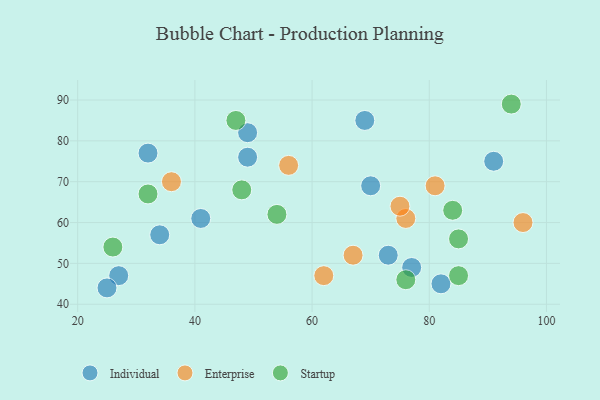
{"axis": {"x": "GDP", "y": "Life Expectancy"}, "legend": ["Enterprise", "Individual", "Startup"], "data": [{"x": "91", "y": 75, "type": "Individual"}, {"x": "49", "y": 76, "type": "Individual"}, {"x": "70", "y": 69, "type": "Individual"}, {"x": "27", "y": 47, "type": "Individual"}, {"x": "73", "y": 52, "type": "Individual"}, {"x": "82", "y": 45, "type": "Individual"}, {"x": "25", "y": 44, "type": "Individual"}, {"x": "77", "y": 49, "type": "Individual"}, {"x": "49", "y": 82, "type": "Individual"}, {"x": "69", "y": 85, "type": "Individual"}, {"x": "32", "y": 77, "type": "Individual"}, {"x": "34", "y": 57, "type": "Individual"}, {"x": "41", "y": 61, "type": "Individual"}, {"x": "76", "y": 61, "type": "Enterprise"}, {"x": "56", "y": 74, "type": "Enterprise"}, {"x": "36", "y": 70, "type": "Enterprise"}, {"x": "96", "y": 60, "type": "Enterprise"}, {"x": "67", "y": 52, "type": "Enterprise"}, {"x": "75", "y": 64, "type": "Enterprise"}, {"x": "62", "y": 47, "type": "Enterprise"}, {"x": "81", "y": 69, "type": "Enterprise"}, {"x": "54", "y": 62, "type": "Startup"}, {"x": "85", "y": 56, "type": "Startup"}, {"x": "85", "y": 47, "type": "Startup"}, {"x": "26", "y": 54, "type": "Startup"}, {"x": "32", "y": 67, "type": "Startup"}, {"x": "94", "y": 89, "type": "Startup"}, {"x": "76", "y": 46, "type": "Startup"}, {"x": "47", "y": 85, "type": "Startup"}, {"x": "84", "y": 63, "type": "Startup"}, {"x": "48", "y": 68, "type": "Startup"}]}